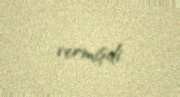
vermişdi.